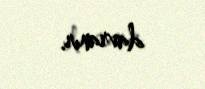
davranır.